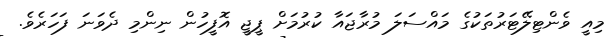
މިއީ ވެންޓިލޭޓަރުތަކުގެ މައްސަލަ މުރާޖައާ ކުރުމަށް ޕީޖީ އޮފީހުން ނިންމި ދެވަނަ ފަހަރެވެ.